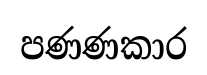
පණණකාර